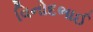
વિનોદભાઈ